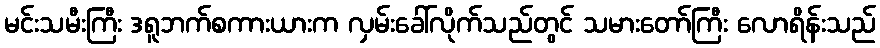
မင်းသမီးကြီး ဒရူဘက်စကားယားက လှမ်းခေါ်လိုက်သည်တွင် သမားတော်ကြီး လောရိန်းသည်